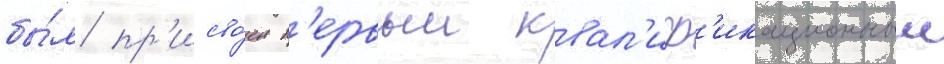
бы́л пр'исво́ен п'ервыи квал'иф'икационныи